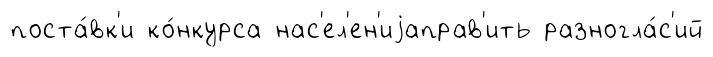
поста́вк'и ко́нкурса нас'ел'ен'иjаправ'ить разногла́с'ий